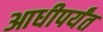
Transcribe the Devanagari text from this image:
आधीपर्यंत